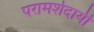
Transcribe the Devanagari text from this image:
परामर्शदायी